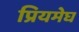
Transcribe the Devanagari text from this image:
प्रियमेघ